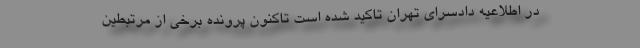
در اطلاعیه دادسرای تهران تاکید شده است تاکنون پرونده برخی از مرتبطین